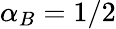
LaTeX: \alpha_{B}=1/2